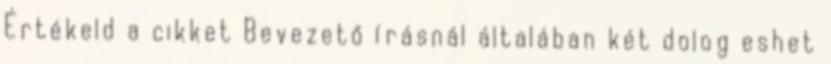
Értékeld a cikket Bevezető írásnál általában két dolog eshet